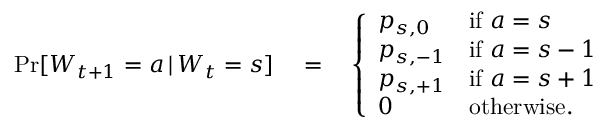
\begin{array} { r } { \operatorname* { P r } [ W _ { t + 1 } = a \, | \, W _ { t } = s ] \quad = \quad \left\{ \begin{array} { l l } { p _ { s , 0 } } & { \mathrm { i f ~ } a = s } \\ { p _ { s , - 1 } } & { \mathrm { i f ~ } a = s - 1 } \\ { p _ { s , + 1 } } & { \mathrm { i f ~ } a = s + 1 } \\ { 0 } & { \mathrm { o t h e r w i s e . } } \end{array} \right. } \end{array}